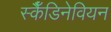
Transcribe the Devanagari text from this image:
स्कैँडिनेवियन